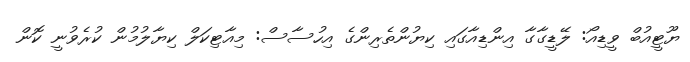
ޔޫޓީއުބް ވީޑިއޯ: ލޭޑީގާގާ އިންޑިއާގައި ކިޔުންތެރިންގެ އިހުސާސް: މިއާޓިކަލް ކިޔާލުމުން ކުރެވުނީ ކޮން